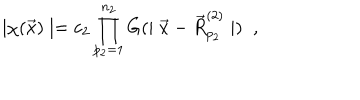
\mid \chi ( \vec { x } ) \mid = c _ { 2 } \prod _ { p _ { 2 } = 1 } ^ { n _ { 2 } } G ( \mid \vec { x } - \vec { R } _ { p _ { 2 } } ^ { ( 2 ) } \mid ) \; \; ,